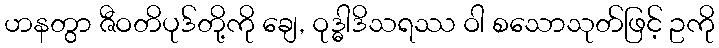
ဟနတွာ ဇီဝတိပုဒ်တို့ကို ချေ, ဝုဒ္ဓါဒိသရဿ ဝါ စသောသုတ်ဖြင့် ဥကို